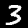
Digit: 3